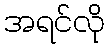
အရင်လို